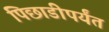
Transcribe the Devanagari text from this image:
पिछाडीपर्यंत